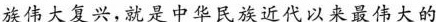
族伟大复兴，就是中华民族近代以来最伟大的